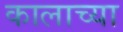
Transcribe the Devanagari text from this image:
कालाच्या